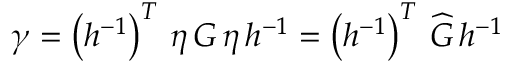
\gamma = \left( h ^ { - 1 } \right) ^ { T } \, \eta \, G \, \eta \, h ^ { - 1 } = \left( h ^ { - 1 } \right) ^ { T } \, \widehat { G } \, h ^ { - 1 }